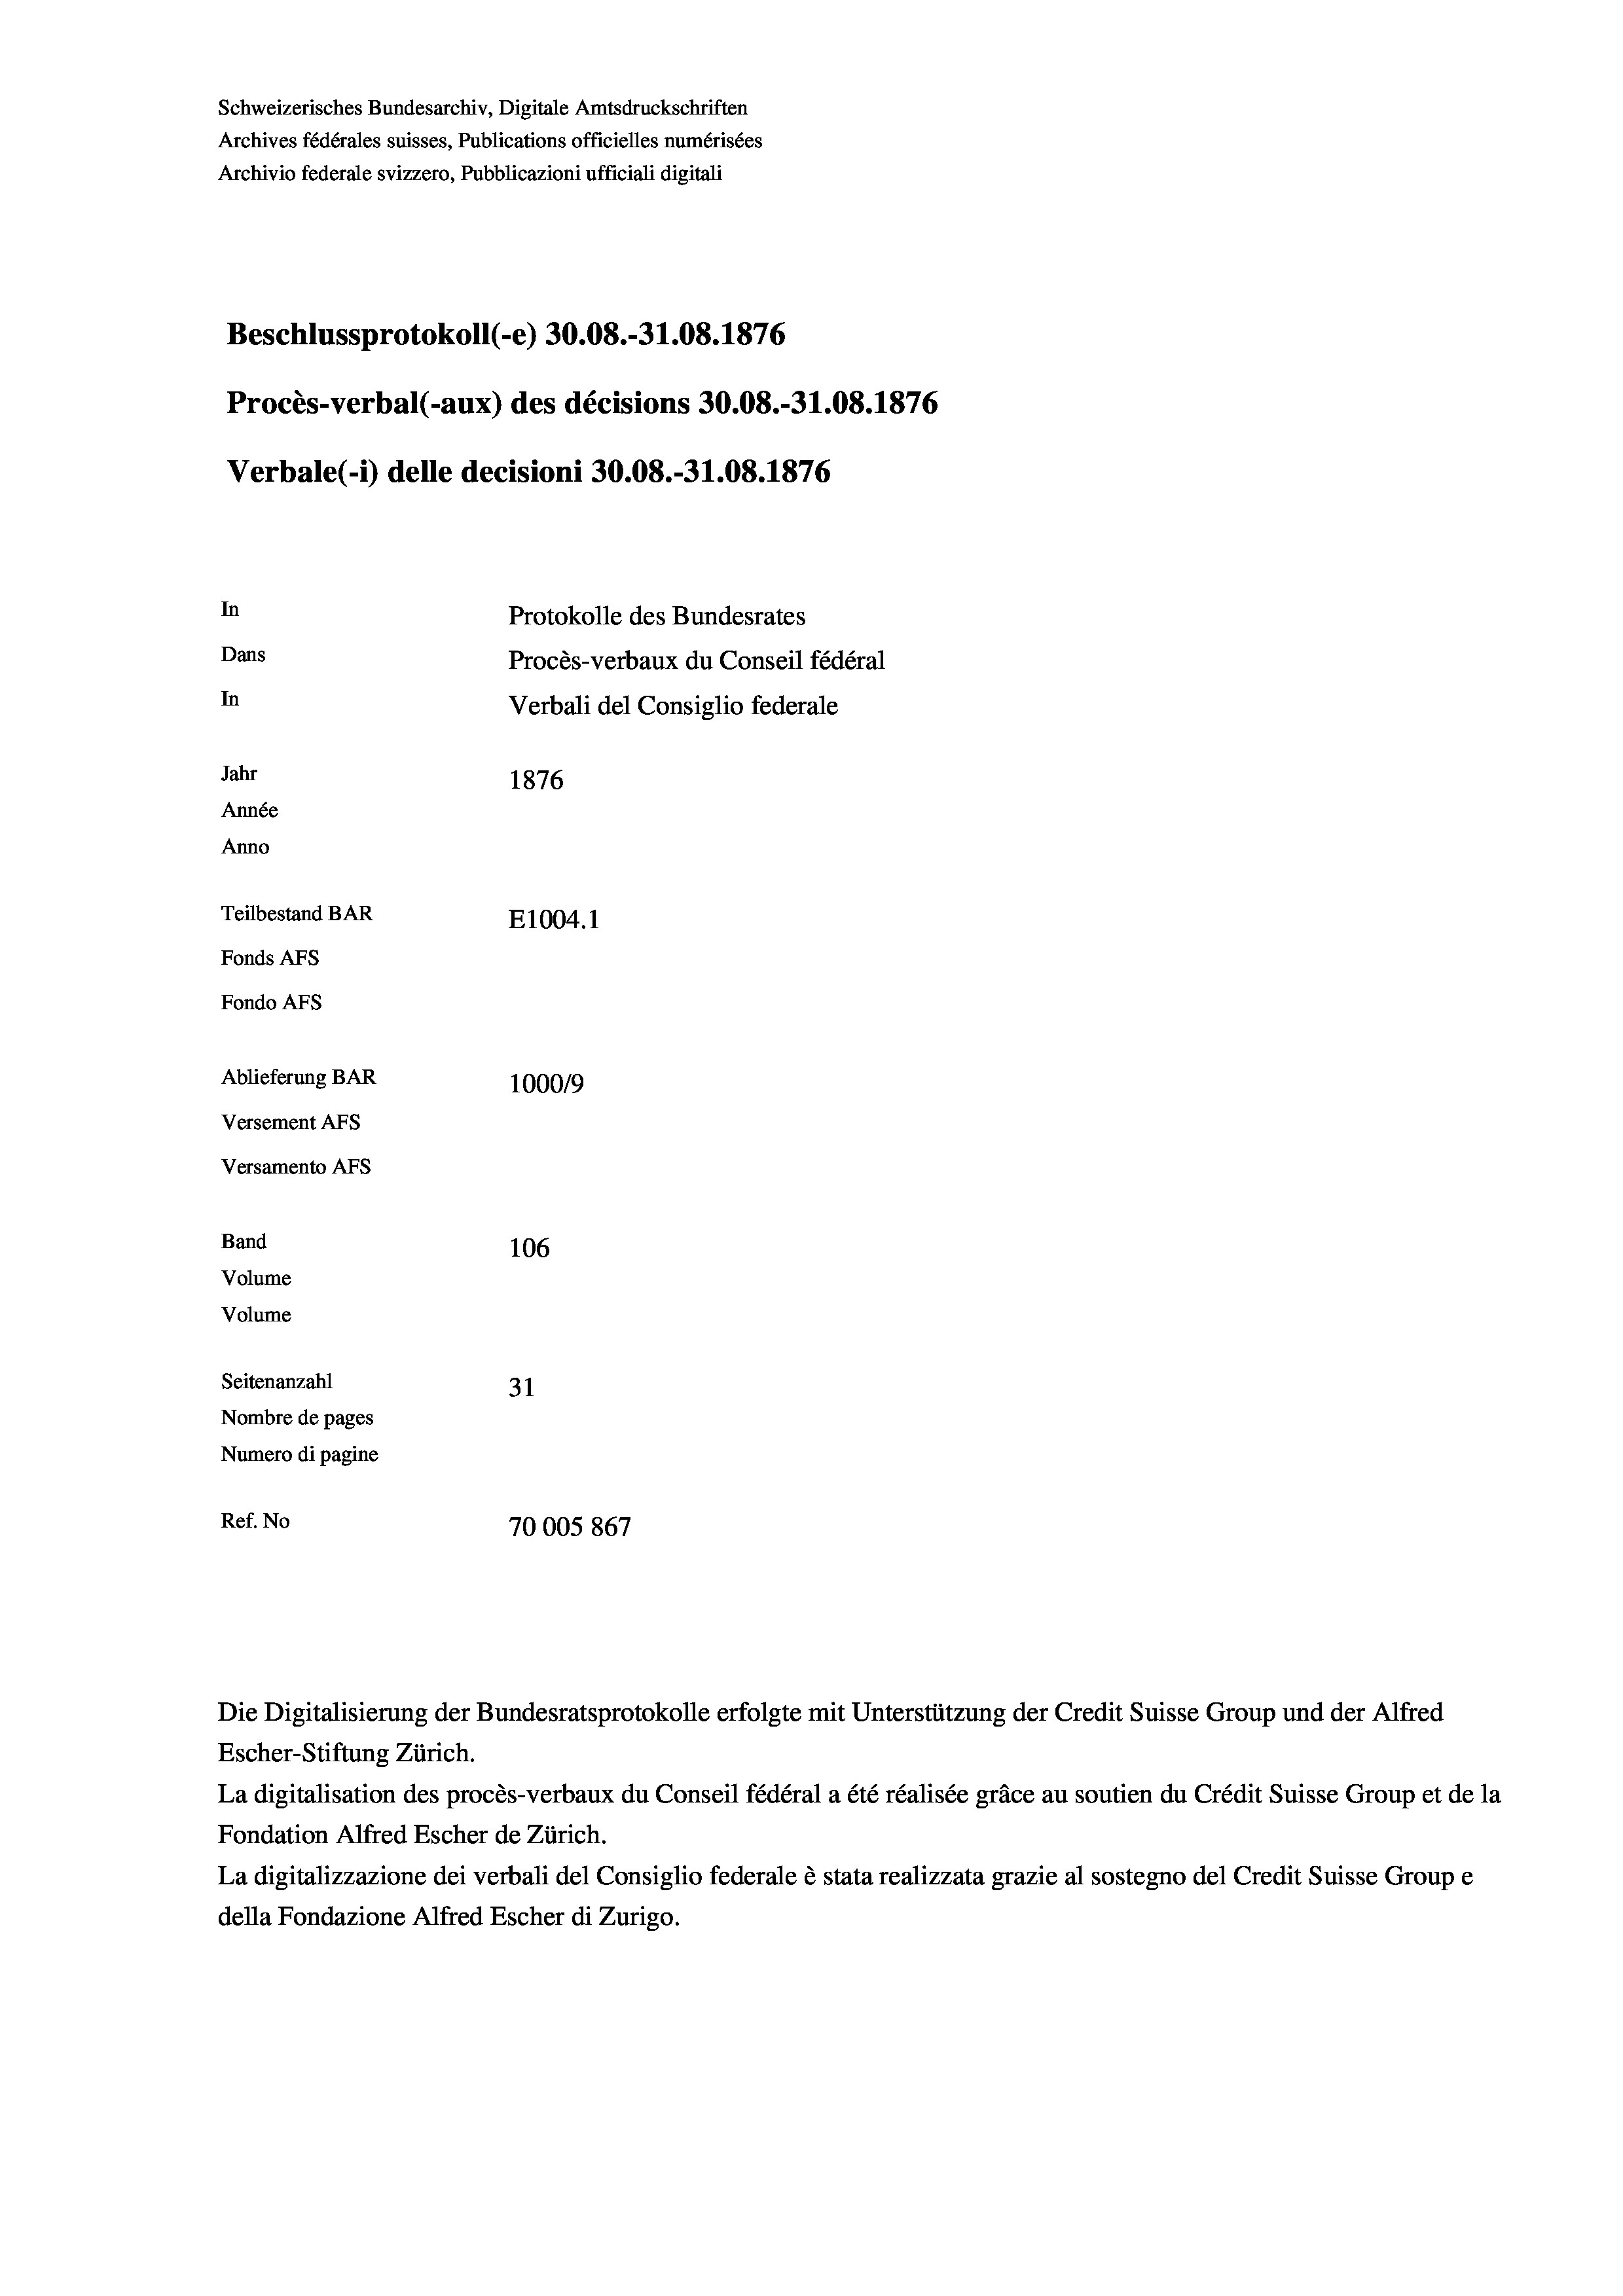
Schweizerisches Bundesarchiv, Digitale Amtsdruckschriften
Archives fédérales suisses, Publications officielles numérisées
Archivio federale svizzero, Pubblicazioni ufficiali digitali
Beschlussprotokoll (-e) 30.08.-31.08. 1876
Procès-verbal (-aux) des décisions 30.08.-31.08. 1876
Verbale(*) delle decisioni 30.08.-31.08. 1876
In
Protokolle des Bundesrates
Dans
Procès-verbaux du Conseil fédéral
In
Verbali del Consiglio federale
Jahr
1876
Année
Anno
Teilbestand BAR
E1004. 1
Fonds AFs
Fondo AFS
Ablieferung BAR
1000/9
Versement AFs
Versamento Afs
Band
106
Volume
Volume
Seitenanzahl
31
Nombre de pages
Numero di pagine
Ref. No
70005867

Die Digitalisierung der Bundesratsprotokolle erfolgte mit Unterstützung der Credit Suisse Group und der Alfred
Escher-Stiftung Zürich.
La digitalisation des procès-verbaux du Conseil fédéral a été réalisée gräce au soutien du Crédit Suisse Group et de la
Fondation Alfred Escher de Zürich.
La digitalizzazione dei verbali del Consiglio federale è stata realizzata grazie al sostegno del Credit Suisse Groupe
della Fondazione Alfred Escher di Zurigo.